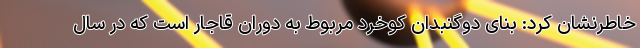
خاطرنشان کرد: بنای دوگنبدان کوخرد مربوط به دوران قاجار است که در سال